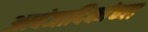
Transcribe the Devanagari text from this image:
अत्यंजादिकांच्या